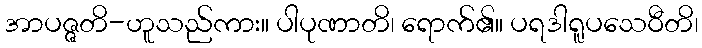
အာပဇ္ဇတိ-ဟူသည်ကား။ ပါပုဏာတိ၊ ရောက်၏။ ပရဒါရူပသေဝီတိ၊